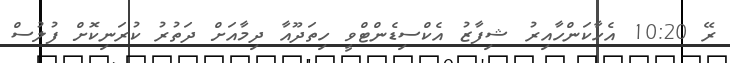
ރޭ 10:20 އެހާކަންހާއިރު ޝިފާޒު އެކްސިޑެންޓްވީ ހިތަދޫއާ ދިމާއަށް ދަތުރު ކުރަނިކޮށް ފުލުސް